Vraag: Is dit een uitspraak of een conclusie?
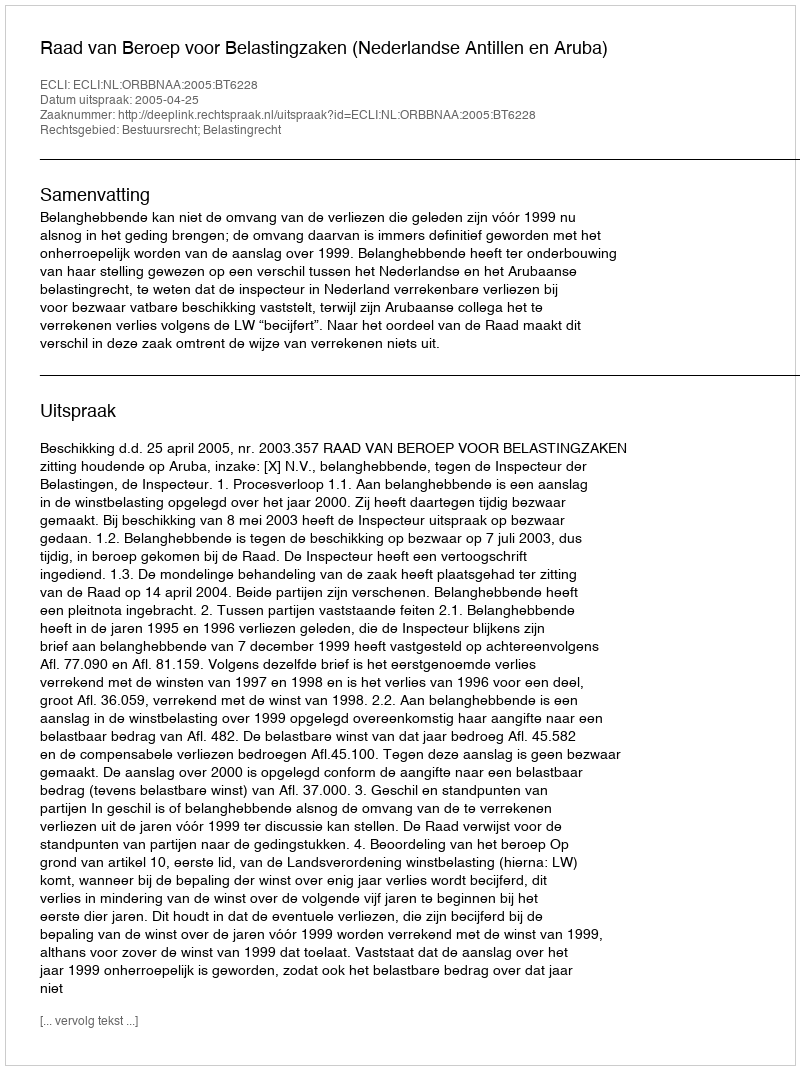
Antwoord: Uitspraak